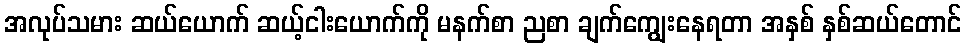
အလုပ်သမား ဆယ်ယောက် ဆယ့်ငါးယောက်ကို မနက်စာ ညစာ ချက်ကျွေးနေရတာ အနှစ် နှစ်ဆယ်တောင်